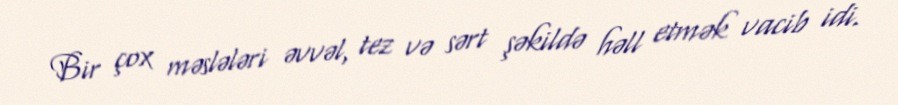
Bir çox məslələri əvvəl, tez və sərt şəkildə həll etmək vacib idi.